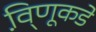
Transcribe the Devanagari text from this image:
वि़्णूकडे